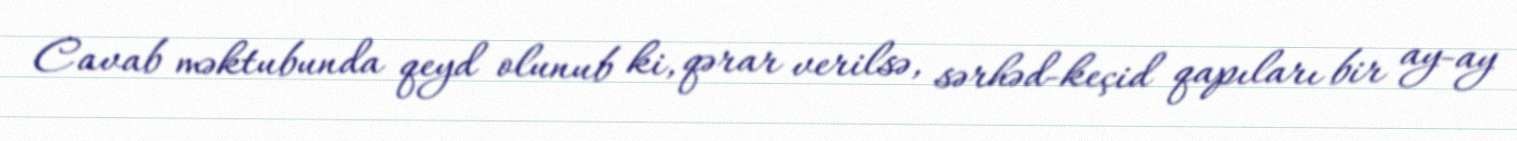
Cavab məktubunda qeyd olunub ki, qərar verilsə, sərhəd-keçid qapıları bir ay-ay